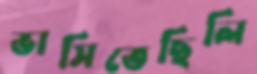
ভাসিতেছিলি